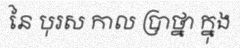
នៃ បុរស កាល ប្រាថ្នា ក្នុង